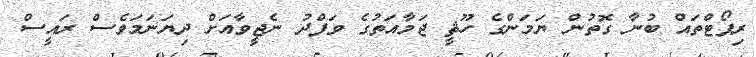
ރިޕޯޓްތައް ބުނާ ގޮތުން ޔަމަންގެ ހޫޘީ ޖަމާއަތުގެ ވަފްދު ނެޖީވާއަށް ދިޔަނަމަވެސް ރައީސް